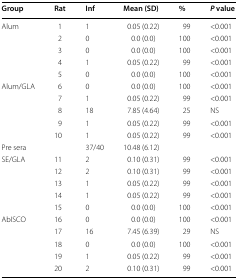
<table><thead><tr><td><b>Group</b></td><td><b>Rat</b></td><td><b>Inf</b></td><td><b>Mean (SD)</b></td><td><b>%</b></td><td><b><i>P</i> value</b></td></tr></thead><tbody><tr><td>Alum</td><td>1</td><td>1</td><td>0.05 (0.22)</td><td>99</td><td>&lt;0.001</td></tr><tr><td></td><td>2</td><td>0</td><td>0.0 (0.0)</td><td>100</td><td>&lt;0.001</td></tr><tr><td></td><td>3</td><td>0</td><td>0.0 (0.0)</td><td>100</td><td>&lt;0.001</td></tr><tr><td></td><td>4</td><td>1</td><td>0.05 (0.22)</td><td>99</td><td>&lt;0.001</td></tr><tr><td></td><td>5</td><td>0</td><td>0.0 (0.0)</td><td>100</td><td>&lt;0.001</td></tr><tr><td>Alum/GLA</td><td>6</td><td>0</td><td>0.0 (0.0)</td><td>100</td><td>&lt;0.001</td></tr><tr><td></td><td>7</td><td>1</td><td>0.05 (0.22)</td><td>99</td><td>&lt;0.001</td></tr><tr><td></td><td>8</td><td>18</td><td>7.85 (4.64)</td><td>25</td><td>NS</td></tr><tr><td></td><td>9</td><td>1</td><td>0.05 (0.22)</td><td>99</td><td>&lt;0.001</td></tr><tr><td></td><td>10</td><td>1</td><td>0.05 (0.22)</td><td>99</td><td>&lt;0.001</td></tr><tr><td>Pre sera</td><td></td><td>37/40</td><td>10.48 (6.12)</td><td></td><td></td></tr><tr><td>SE/GLA</td><td>11</td><td>2</td><td>0.10 (0.31)</td><td>99</td><td>&lt;0.001</td></tr><tr><td></td><td>12</td><td>2</td><td>0.10 (0.31)</td><td>99</td><td>&lt;0.001</td></tr><tr><td></td><td>13</td><td>1</td><td>0.05 (0.22)</td><td>99</td><td>&lt;0.001</td></tr><tr><td></td><td>14</td><td>1</td><td>0.05 (0.22)</td><td>99</td><td>&lt;0.001</td></tr><tr><td></td><td>15</td><td>0</td><td>0.0 (0.0)</td><td>100</td><td>&lt;0.001</td></tr><tr><td>AbISCO</td><td>16</td><td>0</td><td>0.0 (0.0)</td><td>100</td><td>&lt;0.001</td></tr><tr><td></td><td>17</td><td>16</td><td>7.45 (6.39)</td><td>29</td><td>NS</td></tr><tr><td></td><td>18</td><td>0</td><td>0.0 (0.0)</td><td>100</td><td>&lt;0.001</td></tr><tr><td></td><td>19</td><td>1</td><td>0.05 (0.22)</td><td>99</td><td>&lt;0.001</td></tr><tr><td></td><td>20</td><td>2</td><td>0.10 (0.31)</td><td>99</td><td>&lt;0.001</td></tr></tbody></table>